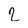
Character: 2